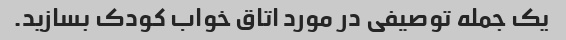
یک جمله توصیفی در مورد اتاق خواب کودک بسازید.